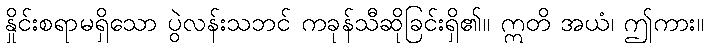
နှိုင်းစရာမရှိသော ပွဲလန်းသဘင် ကခုန်သီဆိုခြင်းရှိ၏။ ဣတိ အယံ၊ ဤကား။